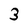
Character: 3